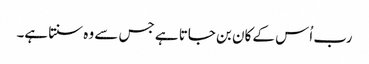
رب اُس کے کان بن جاتا ہے جس سے وہ سنتا ہے۔